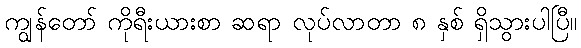
ကျွန်တော် ကိုရီးယားစာ ဆရာ လုပ်လာတာ ၈ နှစ် ရှိသွားပါပြီ။